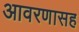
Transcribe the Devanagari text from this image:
आवरणासह